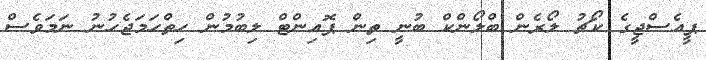
ޕީއެސްޖީގެ ކޯޗު ލޯރެން ބްލޯންކް ބުނީ ތިން ޕޮއިންޓް ލިބުމުން ހިތްހަމަޖެހުނު ނަމަވެސް